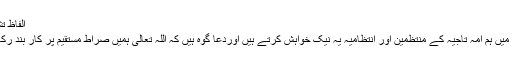
الفاظ تشکر
آخر میں ہم امہ تاجیہ کے منتظمین اور انتظامیہ یہ نیک خواہش کرتے ہیں اوردعا گوہ ہیں کہ اللہ تعالیٰ ہمیں صراط مستقیم پر کار بند رکھے۔